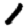
Digit: 1